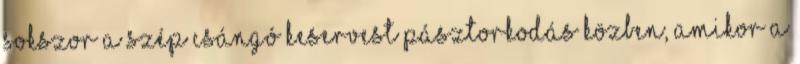
sokszor a szép csángó keservest pásztorkodás közben, amikor a